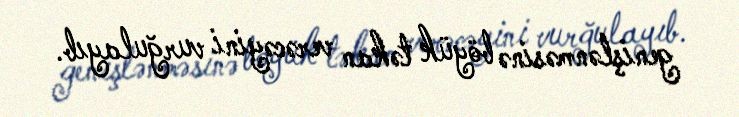
genişlənməsinə böyük təkan verəcəyini vurğulayıb.